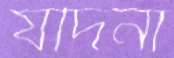
যদিনা